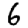
Digit: 6